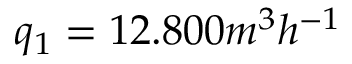
q _ { 1 } = 1 2 . 8 0 0 m ^ { 3 } h ^ { - 1 }